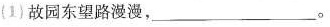
(1) 故园东望路漫漫，___。